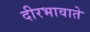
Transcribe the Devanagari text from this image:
दीरभावाते